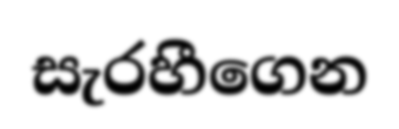
සැරහීගෙන